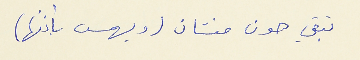
تبقي هو منشان (ويهمس بأذنها)